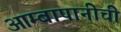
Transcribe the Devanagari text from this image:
आम्बापानीची